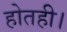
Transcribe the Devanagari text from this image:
होतही।